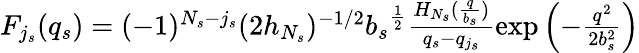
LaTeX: \begin{array}{rl}{F_{j_{s}}(q_{s})=(-1)^{N_{s}-{j_{s}}}(2h_{N_{s}})^{-1/2}{b_{s}}^{\frac{1}{2}}\frac{H_{N_{s}}(\frac{q}{b_{s}})}{q_{s}-q_{j_{s}}}\exp\left(-\frac{q^{2}}{2b_{s}^{2}}\right)}\end{array}